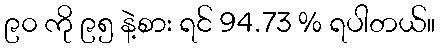
၉၀ ကို ၉၅ နဲ့စား ရင် 94.73 % ရပါတယ်။